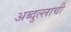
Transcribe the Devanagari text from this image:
अब्दुल्लाची